Civil Veterinary Department Bihar & Orissa reports 1929-36 - 1929-1936
Year: 1929
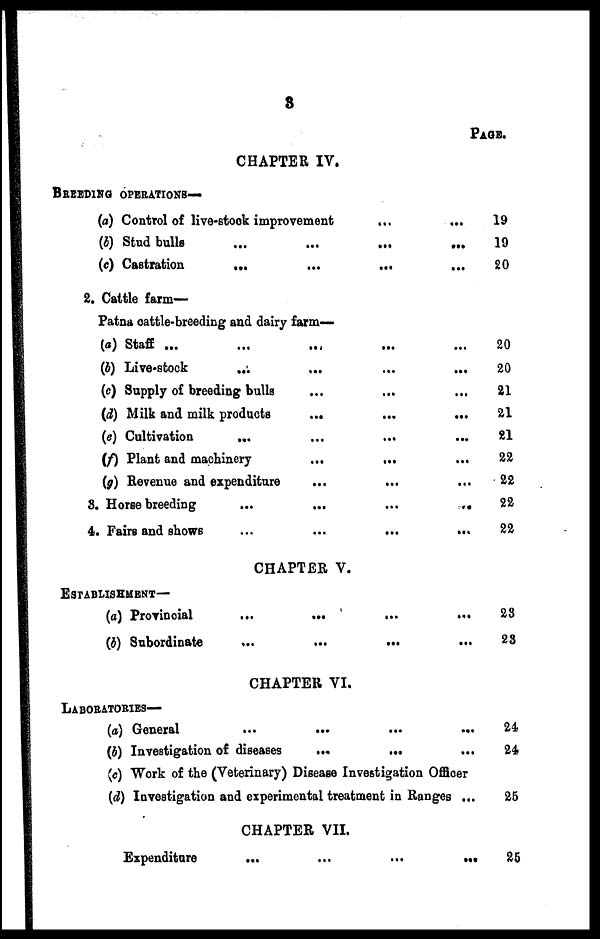
3
CHAPTER IV.
BREEDING OPERATIONS—
(a) Control of live-stock improvement
...
...
(b) Stud bulls ... ... ... ...
(c) Castration
... ... ... ...
2. Cattle farm—
Patna cattle-breeding and dairy farm-
(a) Staff ... ... ... ...
(5) Live-stock ... ... ... ...
(c) Supply of breeding bulls ... ... ...
(d) Milk and milk products ... ... ...
(e) Cultivation
...
...
...
...
(f) Plant and machinery
...
... ...
(g) Revenue and expenditure ... ... ...
3. Horse breeding
...
...
...
...
4. Fairs and shows
...
...
...
...
CHAPTER V.
ESTABLISHMENT—
(a) Provincial
...
...
...
...
(b) Subordinate
...
...
...
...
CHAPTER VI.
LABORATORIES—
(a) General
...
...
...
...
(b) Investigation of diseases
...
... ...
(c) Work of the (Veterinary) Disease Investigation Officer
(d) Investigation and experimental treatment in Ranges ...
CHAPTER VII.
Expenditure
...
...
...
...
PAGE.
19
19
20
20
20
21
21
21
22
22
22
22
23
28
24
24
25
25